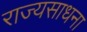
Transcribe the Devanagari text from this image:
राज्यसाधना